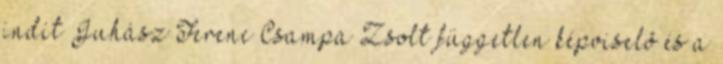
indít Juhász Ferenc Csampa Zsolt független képviselõ és a